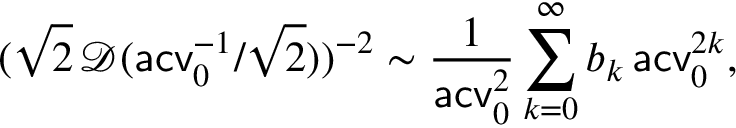
( \sqrt 2 \, \mathcal D ( \mathsf { a c v } _ { 0 } ^ { - 1 } / \sqrt 2 ) ) ^ { - 2 } \sim \frac { 1 } { \mathsf { a c v } _ { 0 } ^ { 2 } } \sum _ { k = 0 } ^ { \infty } b _ { k } \, \mathsf { a c v } _ { 0 } ^ { 2 k } ,